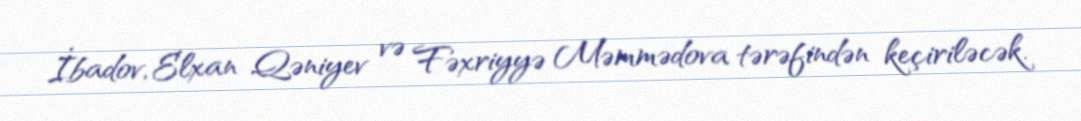
İbadov, Elxan Qəniyev və Fəxriyyə Məmmədova tərəfindən keçiriləcək.